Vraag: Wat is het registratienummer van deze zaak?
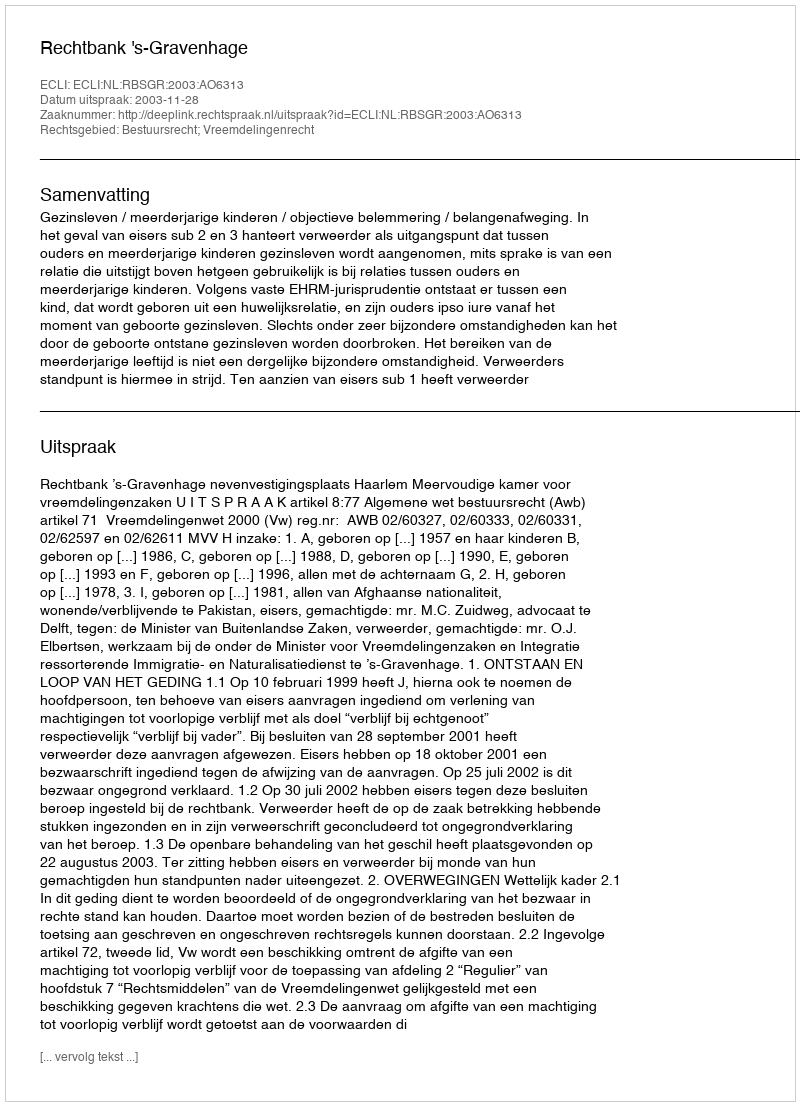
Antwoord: http://deeplink.rechtspraak.nl/uitspraak?id=ECLI:NL:RBSGR:2003:AO6313